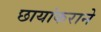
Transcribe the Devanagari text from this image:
छायांकराने